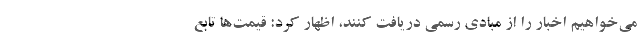
می‌خواهیم اخبار را از مبادی رسمی دریافت کنند، اظهار کرد: قیمت‌ها تابع